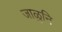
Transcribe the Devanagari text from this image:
जाळुनि